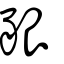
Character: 豤